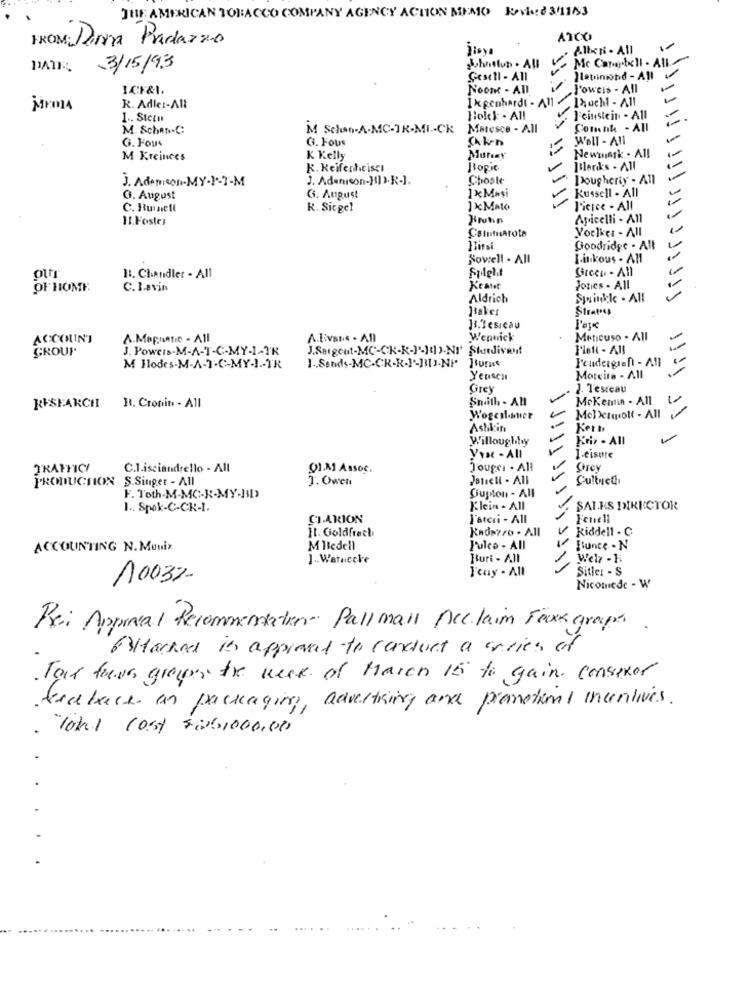
THE AMERICAN TOBACCO COMPANY AGENCY ACTION MEMO Kovle & 31153
FROM: Diria Predazzo
ATCO
ilova
V Mc Campbell - Att./
DAIR
3/15/93
Juhaslun - All
Gesell - All
Hlatoimond - All
ICF&I.
Noont - All
Toweis - All
1 x genhardt - All
, Taucht - All
R. Adler-Alt
I .. Stetu
Hold: . All
V. Feinstein . All
-
M. Schan.C:
M Schon-A-MC-IR.MICK
Maresce - All
Comnk - All
G. Fous
G. Fous
Well - All
Newmask . All
M Kreinees
K Kelly
Murat
K. Reifenheisci
Bogit
-
Itlerks . All
j. Ademcon- MY-1-T-M
J. Adanrson-HUI›.R-].
Choate
Dougherty - All
Kussell - All
G. August
G. August
1×Mesi
C. Ruinell
R. Sicgel
1 xMato
l'icice - All
HI.Foster
Finn
Apicelli - All
Columnarota
Voelker - All
Birsi
Goodridge . Alt
Sowell - All
I-inkous - All
Spielt
Greco - All
11. Chandler - All
OF HOME
C. Lavin
Keatet
Jones . All
Aldrich
Spainkk . All
!! !!!!!!!!
Baker
Stratoes
13.3 esreau
ACCOUNT
A.Magnetic - All
A.Evans . All
Wenuick
MetICUSO . All
GROUP
J. Powers.M-A-T-C-MY-1-TR
I'leti - All
M Hodes-M-A-1-C-MY-J .- TR
1. Sands-MC-CR-R-I-BIJ.NF Jurat
Yensen
Moreira - All
Grey
1. Tesreau
Snaith - All
MoKentin - All
RESEARCH R. Cronin - All
Wogcil.mitt
MoDermott - All
Ashkin
Kern
Willoughby
Kris - All
-
yys - All
-
I-cisure
TRAFFICI
C.I.isciandrello - All
Q).AS Assoc.
Touger . All
Grey
PRODUCTION S.Singer - All
T. Owen
Jenietl . All
-
Sultyet
Ciupton - All
F. Toth-M-MC-K-MY-JMI>
1. Spok-C-CR-I.
Klein - All
. SALES DIRECTOR
-
CLARION
l'ateri - All
Fennell
It. Goldfrach
Kadsyro . All
Riddell . C
ACCOUNTING N. Muniz
M Itedell
Fulco - All
Slunce . N
1. Warnecke
Burt - All
Welz - 1
Feuy - All
Sitler - S
10032-
Nicomede - W
Bei Appiasal Recommendation- Pall mall Declaim Fax grapa.
BHacker is approved to conduct a arries of
Tar four groupes the week of March 15 to gain. consexer
feeback as packaging, advertising and promotional incentives.
. Total Cost 5:261000,00
-